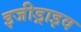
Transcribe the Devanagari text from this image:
इजीड्राइव